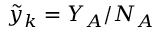
\tilde { y } _ { k } = Y _ { A } / N _ { A }